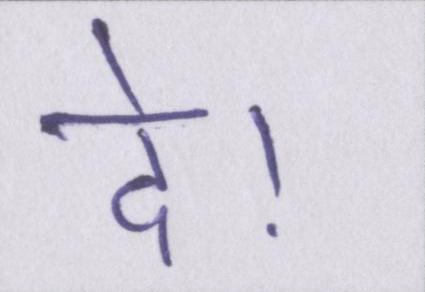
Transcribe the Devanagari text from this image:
दे।